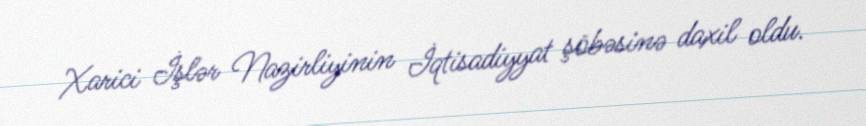
Xarici İşlər Nazirliyinin İqtisadiyyat şöbəsinə daxil oldu.